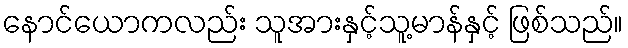
နောင်ယောကလည်း သူအားနှင့်သူ့မာန်နှင့် ဖြစ်သည်။